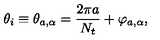
\theta _ { i } \equiv \theta _ { a , \alpha } = { \frac { 2 \pi a } { N _ { t } } } + \varphi _ { a , \alpha } ,